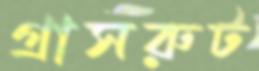
গ্রাসরুট